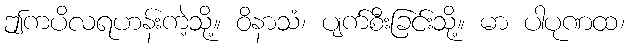
ဤကပိလရဟန်းကဲ့သို့။ ဝိနာသံ၊ ပျက်စီးခြင်းသို့။ မာ ပါပုဏထ၊